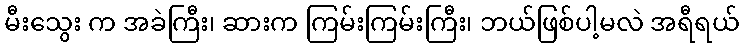
မီးသွေး က အခဲကြီး၊ ဆားက ကြမ်းကြမ်းကြီး၊ ဘယ်ဖြစ်ပါ့မလဲ အရီရယ်